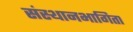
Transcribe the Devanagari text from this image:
संस्थानभागिता